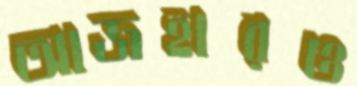
আজহারও